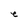
Character: e